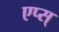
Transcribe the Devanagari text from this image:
एप्स्